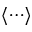
\langle \cdots \rangle